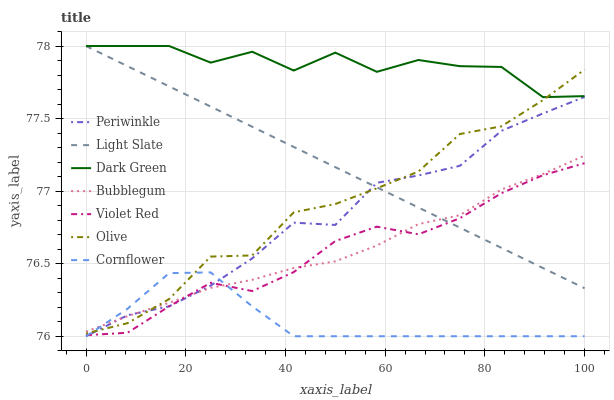
| xaxis_label | Periwinkle | Light Slate | Dark Green | Bubblegum | Violet Red | Olive | Cornflower |
 | --- | --- | --- | --- | --- | --- | --- | --- |
 | 0 | 76 | 78 | 78 | 76 | 76 | 76 | 76 |
 | 8.33 | 76.1 | 77.9 | 78 | 76.1 | 76 | 76.1 | 76.2 |
 | 16.7 | 76.2 | 77.7 | 78 | 76.2 | 76.2 | 76.3 | 76.4 |
 | 25 | 76.3 | 77.6 | 77.9 | 76.3 | 76.4 | 76.5 | 76.4 |
 | 33.3 | 76.5 | 77.4 | 78 | 76.4 | 76.3 | 76.6 | 76.2 |
 | 41.7 | 76.8 | 77.3 | 77.8 | 76.5 | 76.4 | 76.9 | 76 |
 | 50 | 76.8 | 77.2 | 78 | 76.5 | 76.7 | 76.9 | 76 |
 | 58.3 | 77.1 | 77 | 77.8 | 76.6 | 76.8 | 77 | 76 |
 | 66.7 | 77.1 | 76.9 | 77.9 | 76.8 | 76.7 | 77.1 | 76 |
 | 75 | 77.2 | 76.7 | 77.9 | 76.8 | 76.8 | 77.4 | 76 |
 | 83.3 | 77.4 | 76.6 | 77.9 | 77 | 77 | 77.4 | 76 |
 | 91.7 | 77.5 | 76.5 | 77.6 | 77.1 | 77.1 | 77.6 | 76 |
 | 100 | 77.6 | 76.3 | 77.7 | 77.2 | 77.2 | 77.8 | 76 |